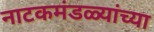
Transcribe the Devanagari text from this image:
नाटकमंडळ्यांच्या